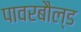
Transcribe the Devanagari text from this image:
पावरबौल्ड